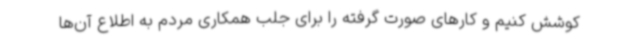
کوشش کنیم و کارهای صورت گرفته را برای جلب همکاری مردم به اطلاع آن‌ها